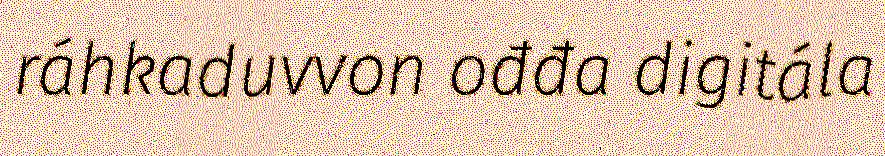
ráhkaduvvon ođđa digitála